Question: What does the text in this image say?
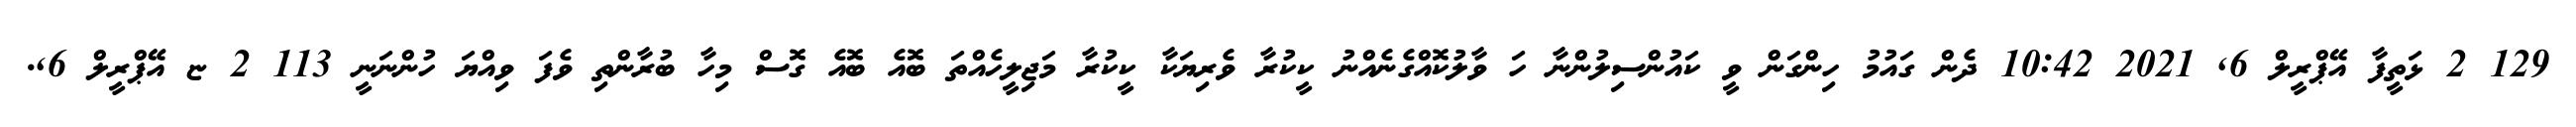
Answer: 129 2 ޅަތީފާ އޭޕްރީލް 6, 2021 10:42 ދެން ގައުމު ހިންގަން ވީ ކައުންސިލުންނާ ހަ ވާލުކޮއްގެނެއްނު ކީކުރާ ވެރިޔަކާ ކީކުރާ މަޖިލީހެއްތަ ބޮއެ ބޮއެ ގޮސް މިހާ ބުރާންތި ވެފަ ވިއްޔަ ހުންނަނީ 113 2 ޏ އޭޕްރީލް 6,.